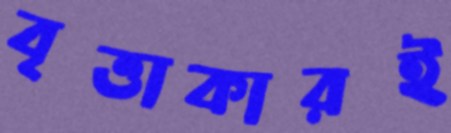
বৃত্তাকারই